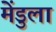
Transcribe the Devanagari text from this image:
मेंडुला